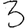
Digit: 3